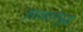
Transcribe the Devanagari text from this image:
लावणारेसुद्धा